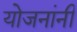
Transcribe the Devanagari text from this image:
योजनांनी